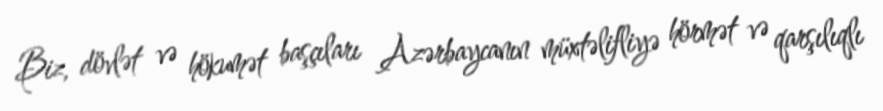
Biz, dövlət və hökumət başçıları Azərbaycanın müxtəlifliyə hörmət və qarşılıqlı